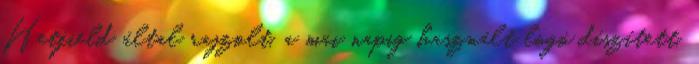
Hetfield által rajzolt, a mai napig használt logó díszített.